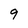
Character: 9